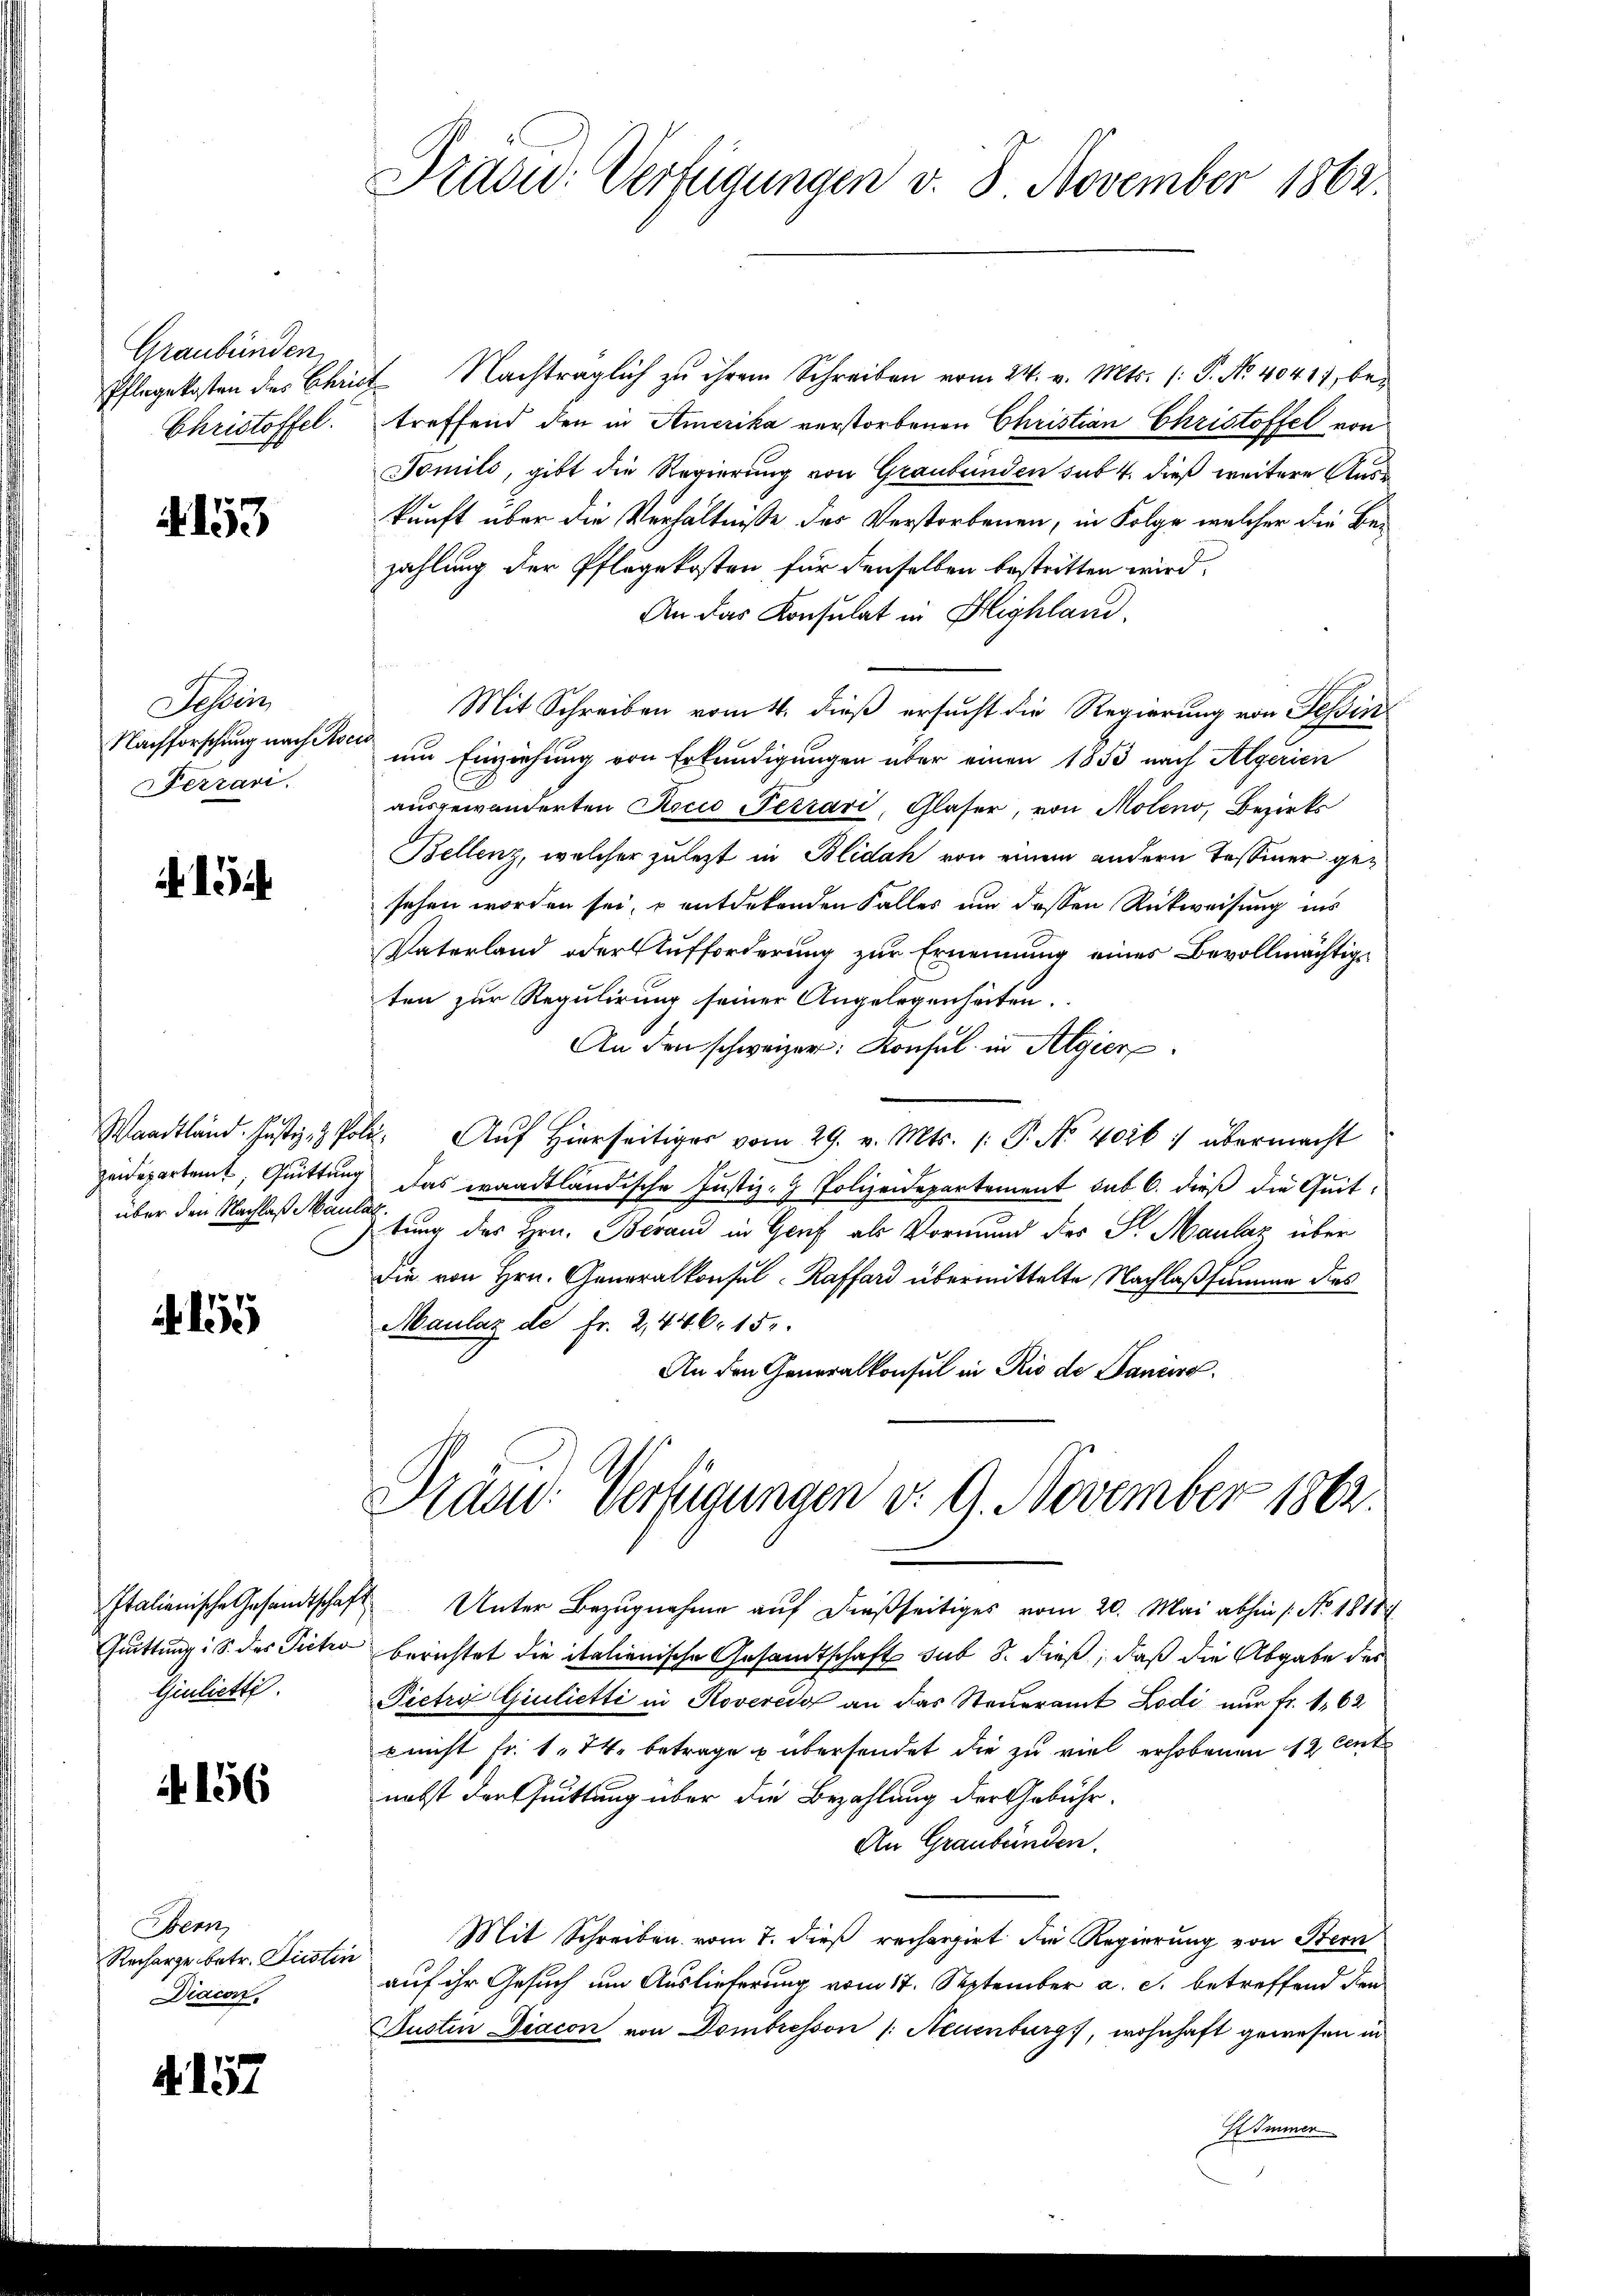
Graubünden
Christoffel.

4153

Tessin
Nachforschung nach Reis
Ferrari.

über den Nachlaß Maulas

Italienische Gesandtschaft
Quittung: S. das Pietro
Giulietti.

156

Bern
Recharge betr. Liesten
Diacon.

A. 157

Tradi: Verfügungen v. 8. November 1862.

Pflegekosten des Christ Nachträglich zu ihrem Schreiben vom 24. v. Mts. (: P. No. 40417, betreffend den in Amerika verstorbenen Christian Christoffel von
Tomils, gibt die Regierung von Graubünden sub. 4. dieß weitere Auskunft über die Verhältnisse des Verstorbenen, in Folge welcher die Bezahlung der Pflegekosten für denselben bestritten wird,
An das Konsulat in Highland.
Mit Schreiben vom 4. dieß ersucht die Regierung von Tessin
um Einziehung von Erkundigungen über einen 1853 nach Algerien
ausgewanderten Kocio Petrari, Glaser, von Moleno, Bezirks
Bellenz, welcher zuletzt in Blidah von einem andern Tessiner gesehen worden sei, u entdekenden Falles um dessen Rückweisung ins
Vaterland oder Aufforderung zur Ernennung eines Bevollmächtigten zur Regulirung seiner Angelegenheiten.
An den schweizer: Konsul in Algier
Waadtland. Justiz & Poli. Auf hierseitiger vom 29. v. Mts. (: P. Nr. 406. übermacht
zeidepartamt, Quittung das waadtländische Justiz- & Polizeidepartement sub 6. dieß die Quititung des Hrn. Berand in Genf als Vormund des Sr. Maulaz über
die von Hrn. Generalkonsul-Raffard übermittelte Nachlaßsumme dies
Maulaz de fr. 2,446. 15.
An den Generalkonsul in Rio de Paniere.

Präm: Verfügungen v. 9. November 1862.

Unter Bezugnahme auf dießseitiges vom 20. Mai abhin 1. No. 1818.
berichtet die italienische Gesandtschaft sub 8. dieß, daß die Abgabe des
Pietra Giulietti in Roveredo an das Steueramt Lodi nur fr. 162
c nicht fr. 174. betrage u übersendet die zu viel erhobenen 12 Eint
nebst der Quittung über die Bezahlung der Gebühr.
An Graubünden.
Mit Schreiben vom 7. dieß rechergirt die Regierung von Stern
auf ihr Gesuch um Auslieferung vom 17. September a. c. betreffend den
Justin Diacon von Dombresson (: Neuenburg, wohnhaft gewesen in
E Immer